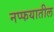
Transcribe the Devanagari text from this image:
नप्फयातील